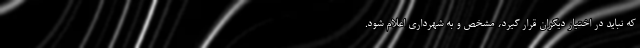
که نباید در اختیار دیگران قرار گیرد، مشخص و به شهرداری اعلام شود.